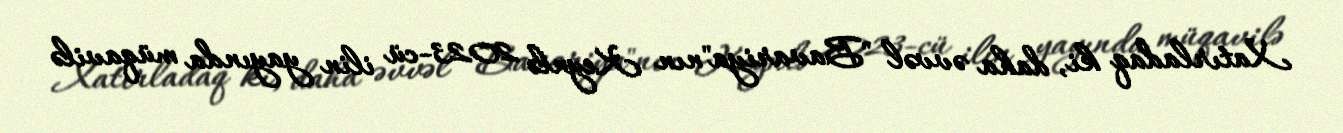
Xatırladaq ki, daha əvvəl "Bavariya"nın Keynlə 2023-cü ilin yayında müqavilə